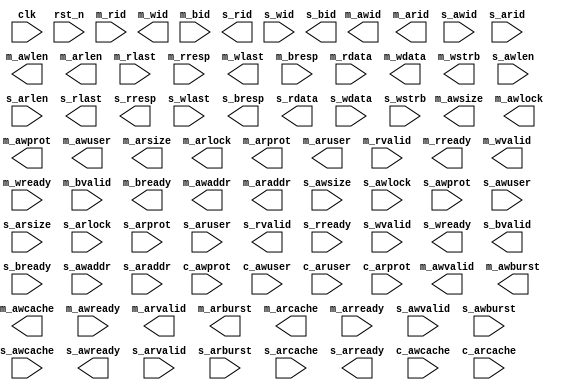
module qsys_top_axi_conduit_merger_0 #(
		parameter ID_WIDTH      = 4,
		parameter DATA_WIDTH    = 32,
		parameter ADDRESS_WIDTH = 32,
		parameter AXUSER_WIDTH  = 5
	) (
		input  wire                      clk,       //             clock.clk
		input  wire                      rst_n,     //        reset_sink.reset_n
		output wire                      m_awvalid, // altera_axi_master.awvalid
		output wire [3:0]                m_awlen,   //                  .awlen
		output wire [2:0]                m_awsize,  //                  .awsize
		output wire [1:0]                m_awburst, //                  .awburst
		output wire [1:0]                m_awlock,  //                  .awlock
		output wire [3:0]                m_awcache, //                  .awcache
		output wire [2:0]                m_awprot,  //                  .awprot
		input  wire                      m_awready, //                  .awready
		output wire [AXUSER_WIDTH-1:0]   m_awuser,  //                  .awuser
		output wire                      m_arvalid, //                  .arvalid
		output wire [3:0]                m_arlen,   //                  .arlen
		output wire [2:0]                m_arsize,  //                  .arsize
		output wire [1:0]                m_arburst, //                  .arburst
		output wire [1:0]                m_arlock,  //                  .arlock
		output wire [3:0]                m_arcache, //                  .arcache
		output wire [2:0]                m_arprot,  //                  .arprot
		input  wire                      m_arready, //                  .arready
		output wire [AXUSER_WIDTH-1:0]   m_aruser,  //                  .aruser
		input  wire                      m_rvalid,  //                  .rvalid
		input  wire                      m_rlast,   //                  .rlast
		input  wire [1:0]                m_rresp,   //                  .rresp
		output wire                      m_rready,  //                  .rready
		output wire                      m_wvalid,  //                  .wvalid
		output wire                      m_wlast,   //                  .wlast
		input  wire                      m_wready,  //                  .wready
		input  wire                      m_bvalid,  //                  .bvalid
		input  wire [1:0]                m_bresp,   //                  .bresp
		output wire                      m_bready,  //                  .bready
		output wire [ADDRESS_WIDTH-1:0]  m_awaddr,  //                  .awaddr
		output wire [ID_WIDTH-1:0]       m_awid,    //                  .awid
		output wire [ADDRESS_WIDTH-1:0]  m_araddr,  //                  .araddr
		output wire [ID_WIDTH-1:0]       m_arid,    //                  .arid
		input  wire [DATA_WIDTH-1:0]     m_rdata,   //                  .rdata
		input  wire [ID_WIDTH-1:0]       m_rid,     //                  .rid
		output wire [DATA_WIDTH-1:0]     m_wdata,   //                  .wdata
		output wire [(DATA_WIDTH/8)-1:0] m_wstrb,   //                  .wstrb
		output wire [ID_WIDTH-1:0]       m_wid,     //                  .wid
		input  wire [ID_WIDTH-1:0]       m_bid,     //                  .bid
		input  wire                      s_awvalid, //  altera_axi_slave.awvalid
		input  wire [3:0]                s_awlen,   //                  .awlen
		input  wire [2:0]                s_awsize,  //                  .awsize
		input  wire [1:0]                s_awburst, //                  .awburst
		input  wire [1:0]                s_awlock,  //                  .awlock
		input  wire [3:0]                s_awcache, //                  .awcache
		input  wire [2:0]                s_awprot,  //                  .awprot
		output wire                      s_awready, //                  .awready
		input  wire [AXUSER_WIDTH-1:0]   s_awuser,  //                  .awuser
		input  wire                      s_arvalid, //                  .arvalid
		input  wire [3:0]                s_arlen,   //                  .arlen
		input  wire [2:0]                s_arsize,  //                  .arsize
		input  wire [1:0]                s_arburst, //                  .arburst
		input  wire [1:0]                s_arlock,  //                  .arlock
		input  wire [3:0]                s_arcache, //                  .arcache
		input  wire [2:0]                s_arprot,  //                  .arprot
		output wire                      s_arready, //                  .arready
		input  wire [AXUSER_WIDTH-1:0]   s_aruser,  //                  .aruser
		output wire                      s_rvalid,  //                  .rvalid
		output wire                      s_rlast,   //                  .rlast
		output wire [1:0]                s_rresp,   //                  .rresp
		input  wire                      s_rready,  //                  .rready
		input  wire                      s_wvalid,  //                  .wvalid
		input  wire                      s_wlast,   //                  .wlast
		output wire                      s_wready,  //                  .wready
		output wire                      s_bvalid,  //                  .bvalid
		output wire [1:0]                s_bresp,   //                  .bresp
		input  wire                      s_bready,  //                  .bready
		input  wire [ADDRESS_WIDTH-1:0]  s_awaddr,  //                  .awaddr
		input  wire [ID_WIDTH-1:0]       s_awid,    //                  .awid
		input  wire [ADDRESS_WIDTH-1:0]  s_araddr,  //                  .araddr
		input  wire [ID_WIDTH-1:0]       s_arid,    //                  .arid
		output wire [DATA_WIDTH-1:0]     s_rdata,   //                  .rdata
		output wire [ID_WIDTH-1:0]       s_rid,     //                  .rid
		input  wire [DATA_WIDTH-1:0]     s_wdata,   //                  .wdata
		input  wire [(DATA_WIDTH/8)-1:0] s_wstrb,   //                  .wstrb
		input  wire [ID_WIDTH-1:0]       s_wid,     //                  .wid
		output wire [ID_WIDTH-1:0]       s_bid,     //                  .bid
		input  wire [3:0]                c_awcache, //       conduit_end.awcache
		input  wire [2:0]                c_awprot,  //                  .awprot
		input  wire [AXUSER_WIDTH-1:0]   c_awuser,  //                  .awuser
		input  wire [3:0]                c_arcache, //                  .arcache
		input  wire [AXUSER_WIDTH-1:0]   c_aruser,  //                  .aruser
		input  wire [2:0]                c_arprot   //                  .arprot
	);
endmodule